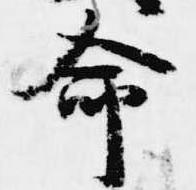
命